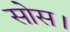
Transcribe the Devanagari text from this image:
सोस।